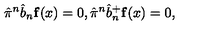
\hat { \pi } ^ { n } \hat { b } _ { n } { \bf f } ( x ) = 0 , \hat { \pi } ^ { n } \hat { b } _ { n } ^ { + } { \bf f } ( x ) = 0 ,